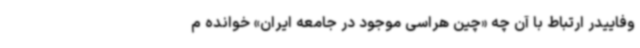
وفاییدر ارتباط با آن چه «چین هراسی موجود در جامعه ایران» خوانده م